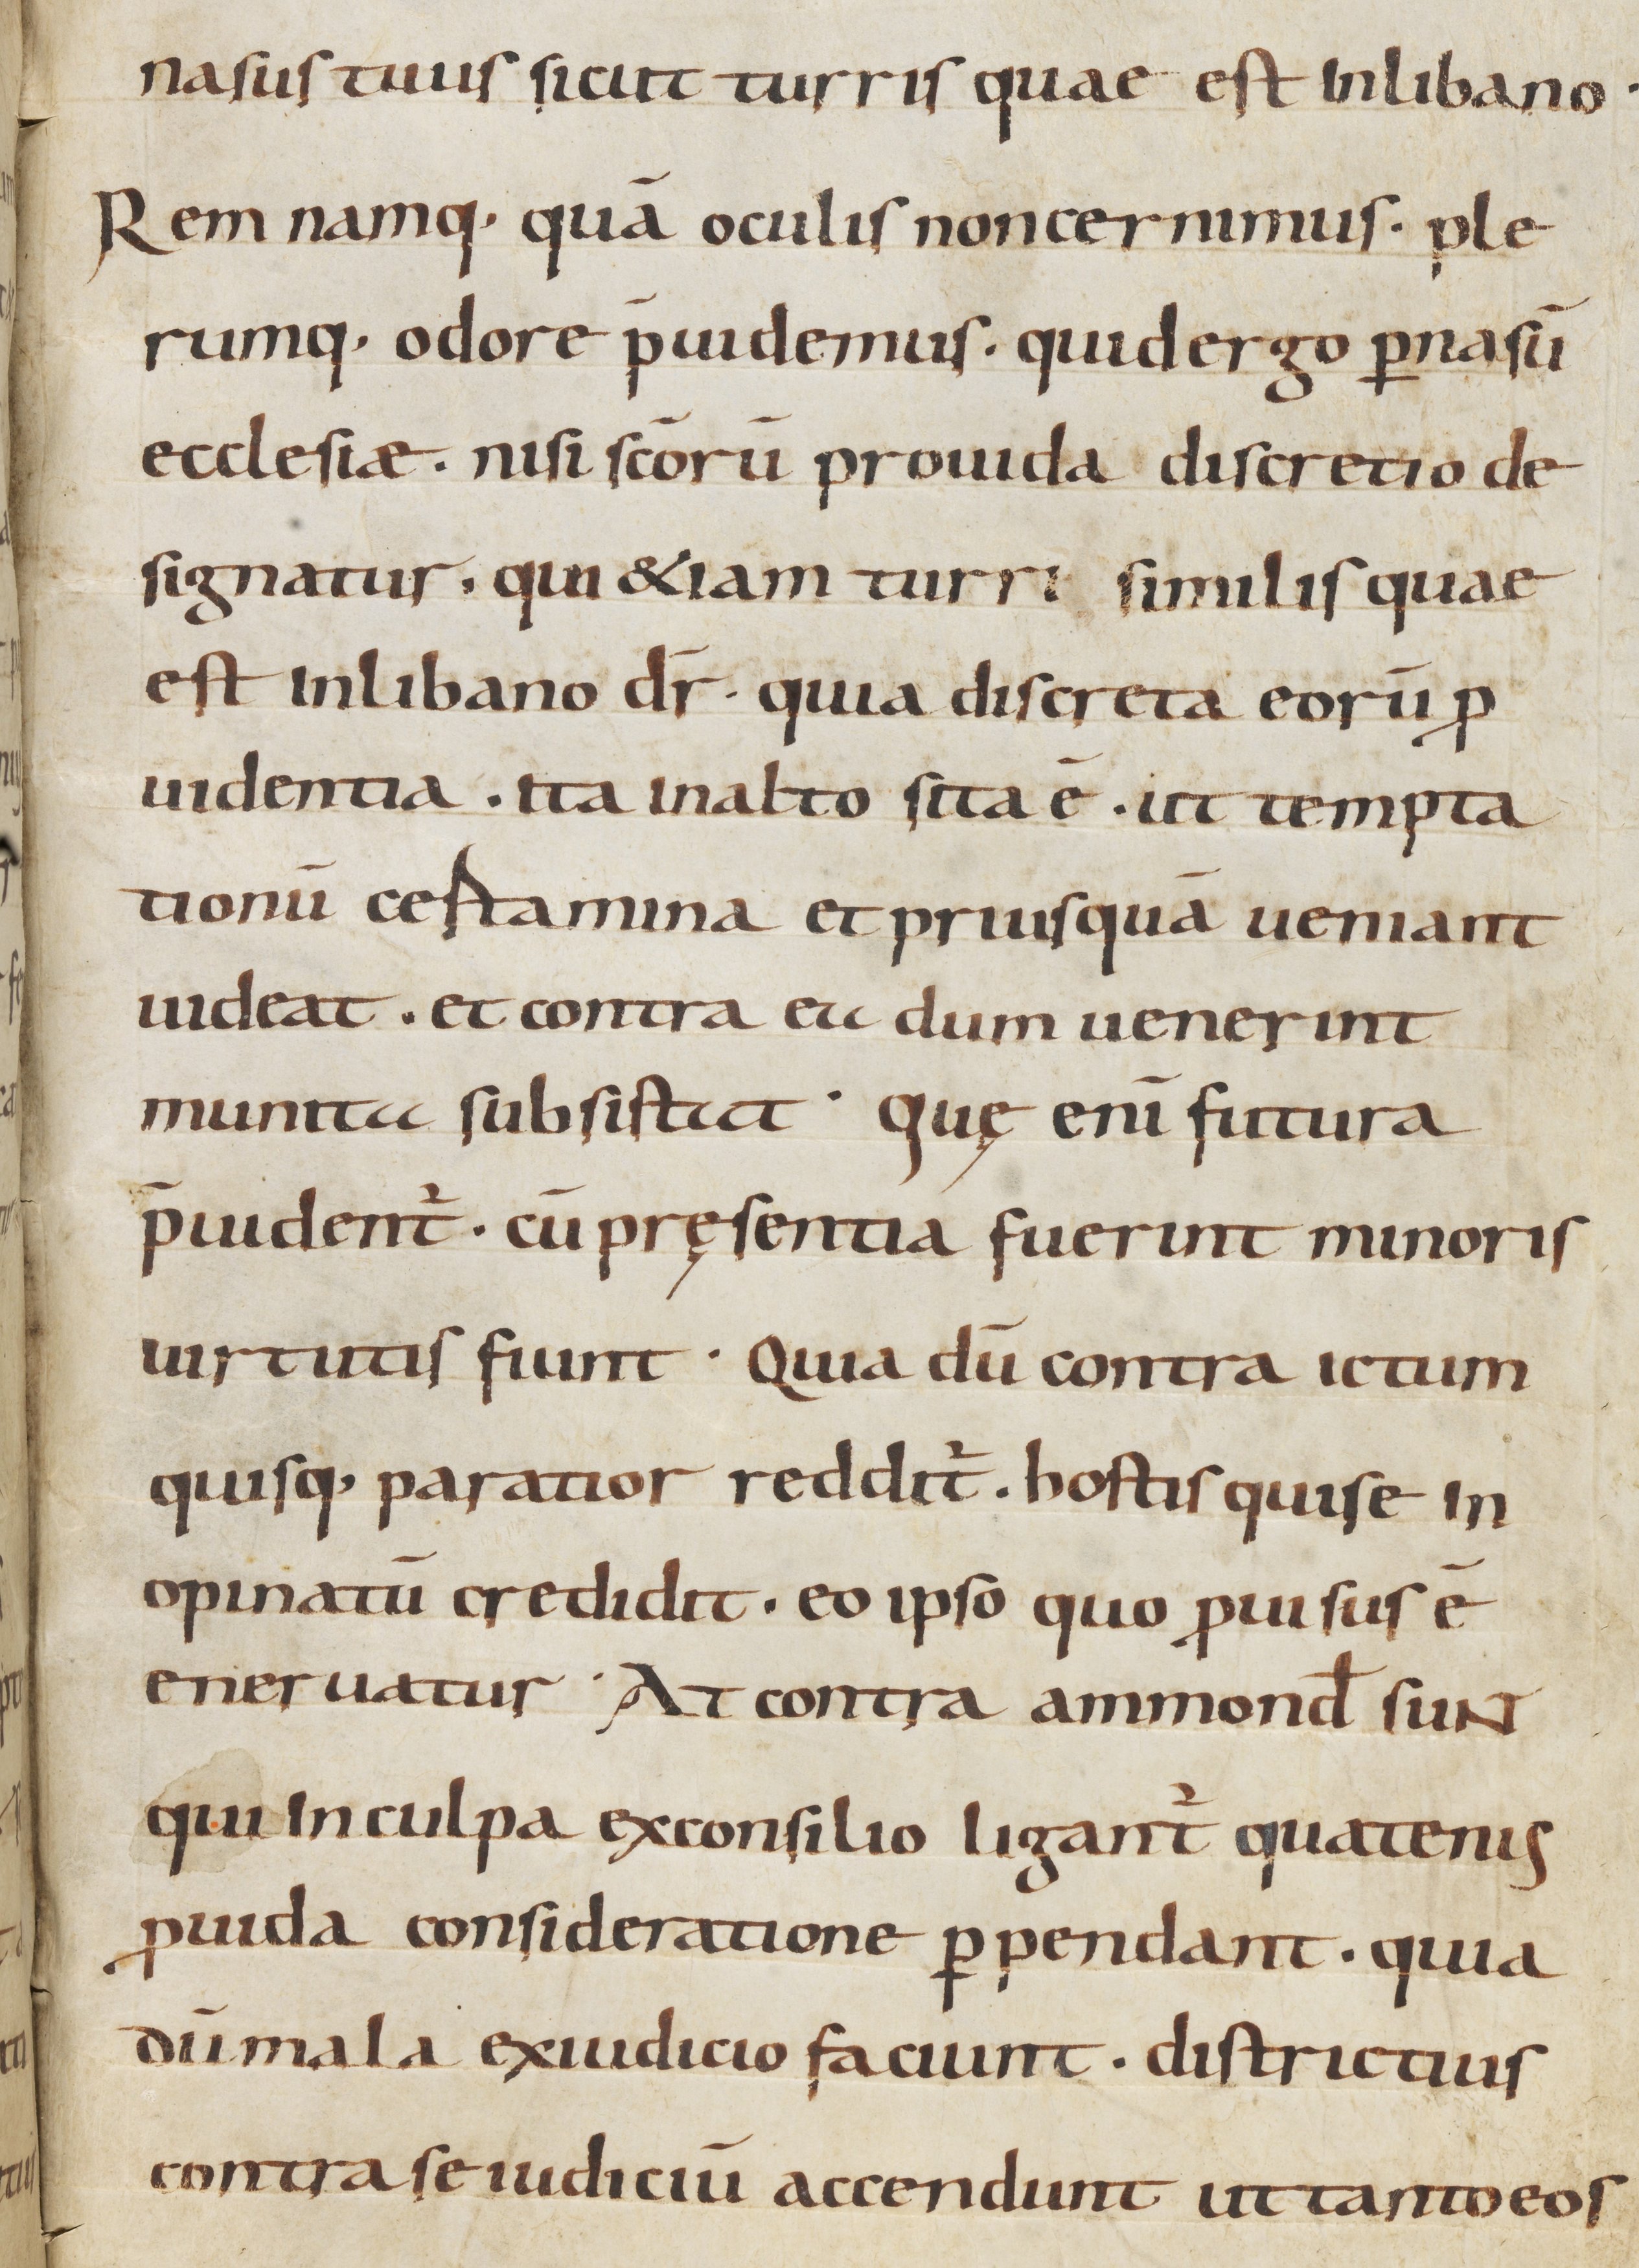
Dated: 900–999